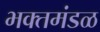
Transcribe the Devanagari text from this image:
भक्तमंडळ